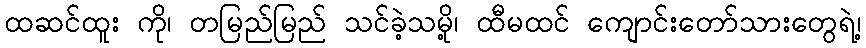
ထဆင်ထူး ကို၊ တမြည်မြည် သင်ခဲ့သမို့၊ ထီမထင် ကျောင်းတော်သားတွေရဲ့၊